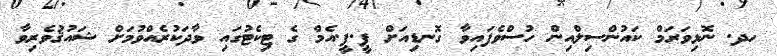
ހދ. ނޮޅިވަރަމް ކައުންސިލްއިން ހުސްވެފައިވާ ގޮނޑިއަށް ޕީ.ޕީ.އެމް ގެ ޓިކެޓުގައި ވާދަކުރެއްވުމަށް ޝައުޤުވެރިވާ